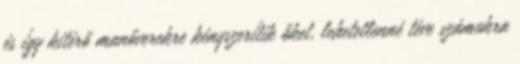
és így kitérő manőverekre kényszerítik őket, lehetetlenné téve számukra